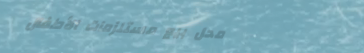
محل بيع مستلزمات الأطفال